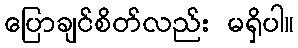
ပြောချင်စိတ်လည်း မရှိပါ။